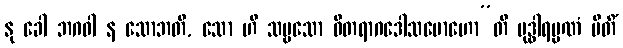
နု ခေါ ဘဂဝါ န သောဘတိ, သော ဟိ သဗ္ဗသော ဝီတရာဂဒေါသမောဟော”တိ ဗုဒ္ဓါရမ္မဏံ ပီတိံ